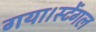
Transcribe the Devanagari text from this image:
गया।स्टेंगल